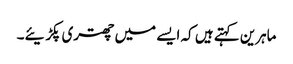
ماہرین کہتے ہیں کہ ایسے میں چھتری پکڑیئے۔